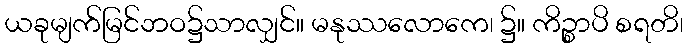
ယခုမျက်မြင်ဘဝ၌သာလျှင်။ မနုဿလောကေ၊ ၌။ ကိဉ္စာပိ စရတိ၊